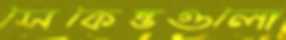
সেকেন্ডগুলো